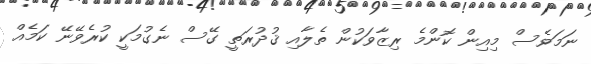
ނަމަވެސް މިއިން ކޮންމެ ރިޒާވަކުން ތެލާއި ޤުދުރަތީ ގޭސް ނެގުމަކީ ކުރެވޭނޭ ކަމެއް